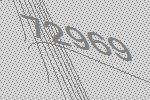
72969